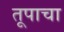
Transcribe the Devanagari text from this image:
तूपाचा